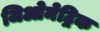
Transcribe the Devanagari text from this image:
जिओमेट्रिक